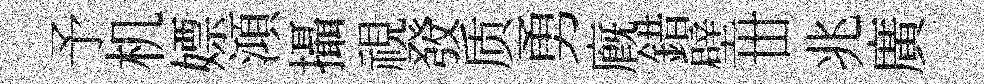
予机嫖澒攝視𤼲质勇廐錯壁丗兆廣